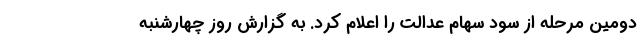
دومین مرحله از سود سهام عدالت را اعلام کرد. به گزارش روز چهارشنبه